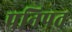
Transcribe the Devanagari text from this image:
पनिपत